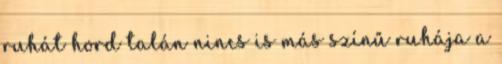
ruhát hord talán nincs is más színű ruhája a